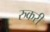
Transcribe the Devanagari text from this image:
रुकरी